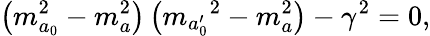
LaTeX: \left(m_{a_{0}}^{2}-m_{a}^{2}\right)\left({m_{a_{0}^{\prime}}}^{2}-m_{a}^{2}\right)-{\gamma}^{2}=0,